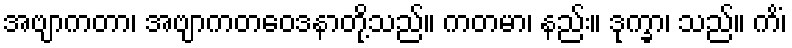
အဗျာကတာ၊ အဗျာကတဝေဒနာတို့သည်။ ကတမာ၊ နည်း။ ဒုက္ခာ၊ သည်။ ကိံ၊